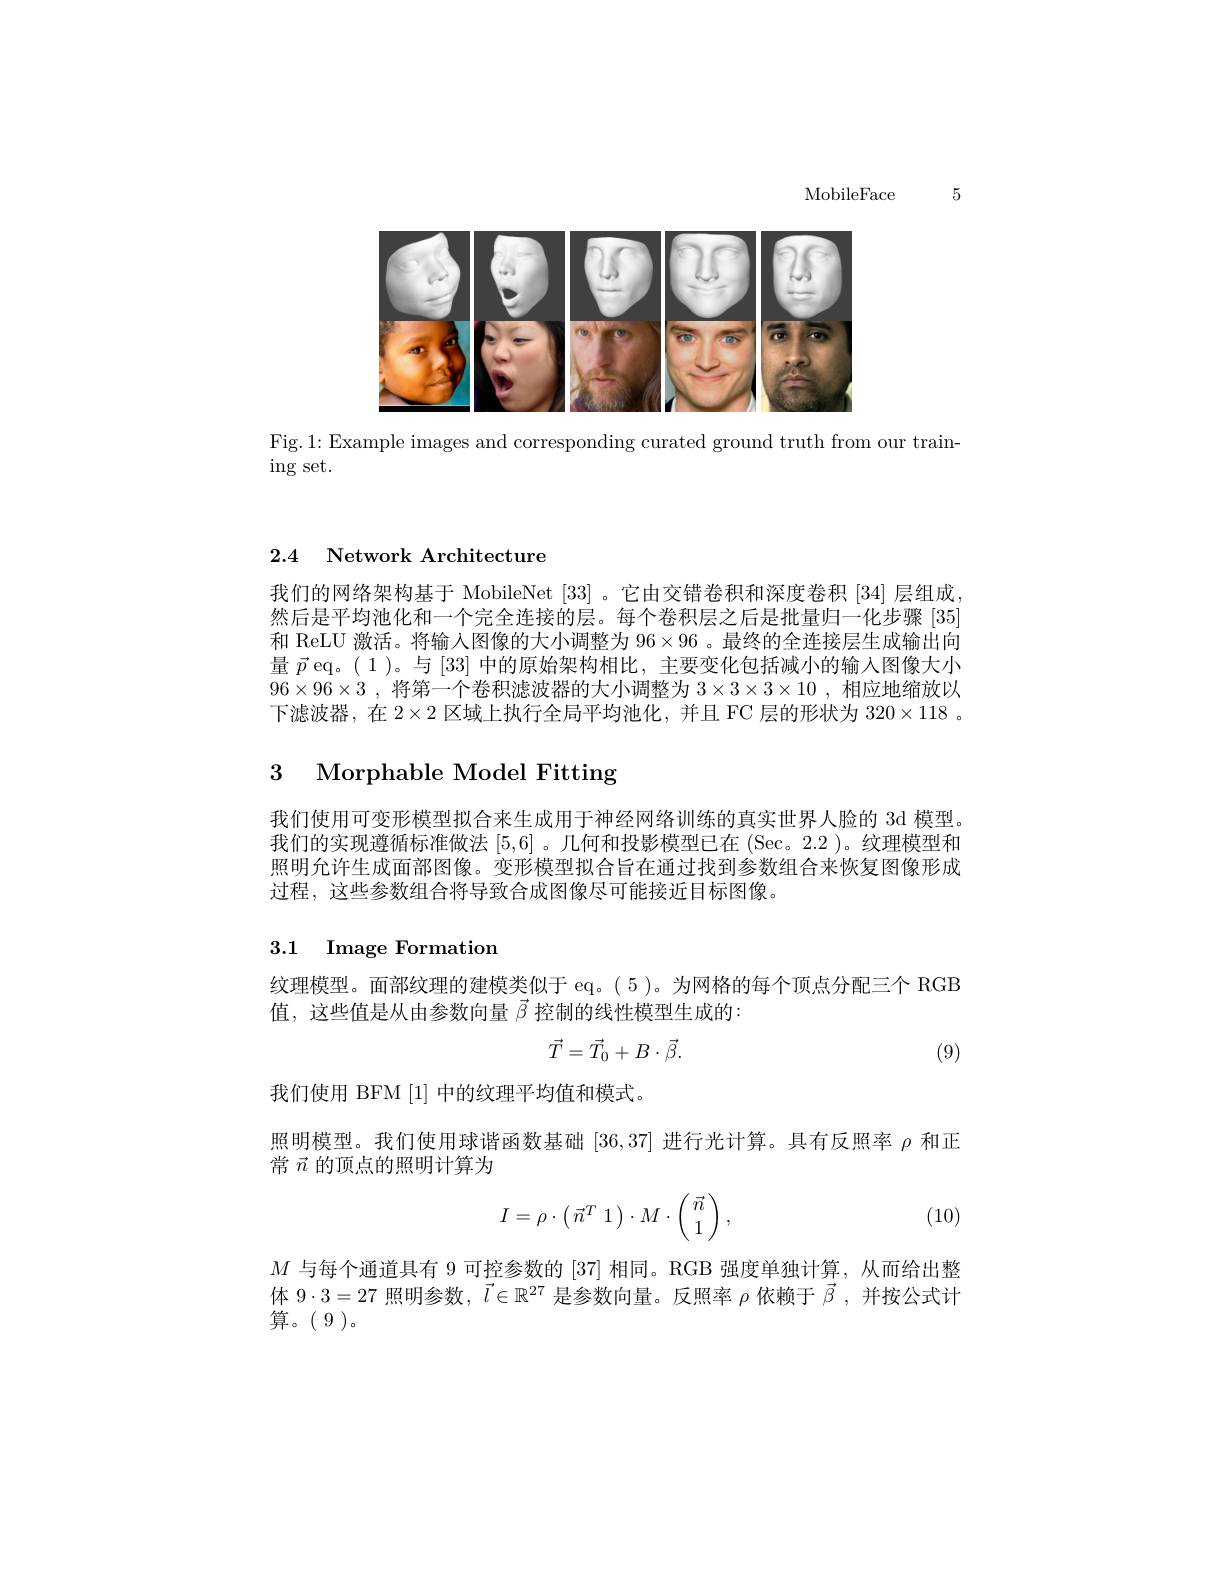
5

MobileFace

<FigureHere>

Fig.1: Example images and corresponding curated ground truth from our train-

$ingset.$

2.4 Network Architecture

我们的网络架构基于 MobileNet [33] 。它由交错卷积和深度卷积 [34] 层组成， 然后是平均池化和一个完全连接的层。每个卷积层之后是批量归一化步骤[35] 和 ReLU 激活。将输入图像的大小调整为$96\times96$ 。最终的全连接层生成输出向量$\vec{p}$ eq。(1)。与 [33] 中的原始架构相比，主要变化包括减小的输入图像大小$96\times96\times3$ ,将第一个卷积滤波器的大小调整为$3\times3\times3\times10$ ,相应地缩放以下滤波器，在$2\times2$区域上执行全局平均池化，并且 FC 层的形状为$320\times118$ 。

## 3 Morphable Model Fitting

我们使用可变形模型拟合来生成用于神经网络训练的真实世界人脸的 3d 模型我们的实现遵循标准做法[5,6] 。几何和投影模型已在 (Sec。2.2 )。纹理模型和照明允许生成面部图像。变形模型拟合旨在通过找到参数组合来恢复图像形成过程，这些参数组合将导致合成图像尽可能接近目标图像。

## 3.1 Image Formation

纹理模型。面部纹理的建模类似于 eq。(5)。为网格的每个顶点分配三个 RGB
值，这些值是从由参数向量$\vec{\beta}$控制的线性模型生成的：
$$\vec{T}=\vec{T}_0+B\cdot\vec{\beta}.$$
(9)

我们使用 BFM [1]中的纹理平均值和模式。
照明模型。我们使用球谐函数基础[36,37]进行光计算。具有反照率$\rho$和正
常$\vec{n}$的顶点的照明计算为
$$I=\rho\cdot\left(\vec{n}^T\:1\right)\cdot M\cdot\left(\begin{array}{c}\vec{n}\\1\end{array}\right),$$
(10)

$M$与每个通道具有 9 可控参数的[37]相同。RGB 强度单独计算，从而给出整体$9\cdot3=27$照明参数，$\vec{l}\in\mathbb{R}^{27}$是参数向量。反照率$\rho$依赖于$\vec{\beta}$ ,并按公式计算。$(\begin{array}{c}9\end{array})$。